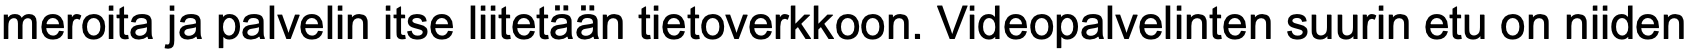
meroita ja palvelin itse liitetään tietoverkkoon. Videopalvelinten suurin etu on niiden